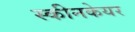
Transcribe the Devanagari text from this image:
स्कीनकेयर